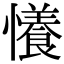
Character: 懩